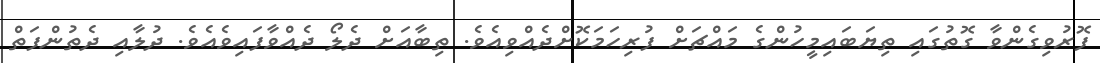
ފޮރުވިގެންވާ ގޮތުގައި ތިޔަބައިމީހުންގެ މައްޗަށް ފުރިހަމަކޮށްދެއްވިއެވެ. ތިބާއަށް ދެލޯ ދެއްވާފައިވެއެވެ. ދުލާއި ދެތުންފަތް